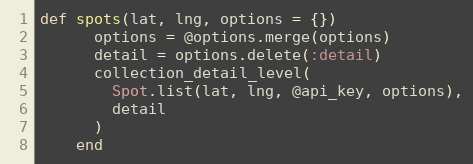
Language: Ruby
def spots(lat, lng, options = {})
      options = @options.merge(options)
      detail = options.delete(:detail)
      collection_detail_level(
        Spot.list(lat, lng, @api_key, options),
        detail
      )
    end